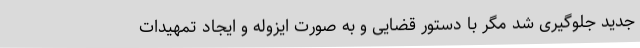
جدید جلوگیری شد مگر با دستور قضایی و به صورت ایزوله و ایجاد تمهیدات